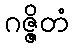
ဂဇ္ဇိတံ